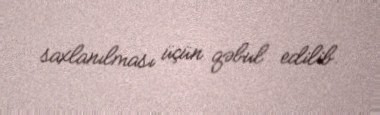
saxlanılması üçün qəbul edilib.